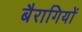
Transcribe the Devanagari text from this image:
बैरागियों